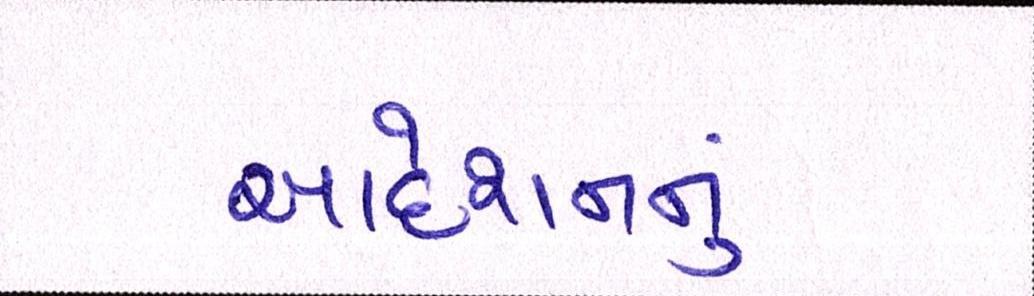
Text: આદેશનનું